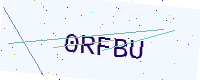
Text: 0RFBU